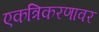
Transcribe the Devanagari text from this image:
एकत्रिकरणावर